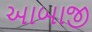
આબાજી